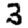
Digit: 3